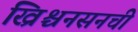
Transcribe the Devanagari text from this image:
ख्रिश्चनसनची